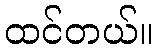
ထင်တယ်။